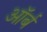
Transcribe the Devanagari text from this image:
ऑर्ब